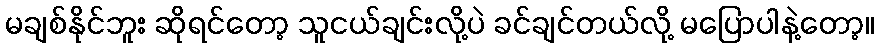
မချစ်နိုင်ဘူး ဆိုရင်တော့ သူငယ်ချင်းလို့ပဲ ခင်ချင်တယ်လို့ မပြောပါနဲ့တော့။